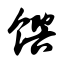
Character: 馔